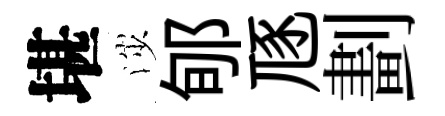
堪渉郇豗劃